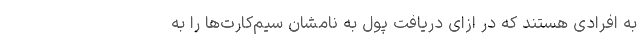
به افرادی هستند که در ازای دریافت پول به نامشان سیم‌کارت‌ها را به